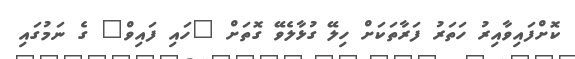
ކޮށްފައިވާއިރު ހަތަރު ފަރާތަކަށް ހިލޭ ގުޅާލެވޭ ގޮތަށް "ހައި ފައިވް" ގެ ނަމުގައި